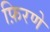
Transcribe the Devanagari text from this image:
फ़िरणे